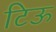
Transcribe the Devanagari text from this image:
टिऊ